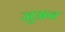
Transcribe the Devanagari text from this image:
जूअन